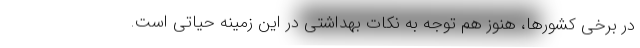
در برخی کشورها، هنوز هم توجه به نکات بهداشتی در این زمینه حیاتی است.